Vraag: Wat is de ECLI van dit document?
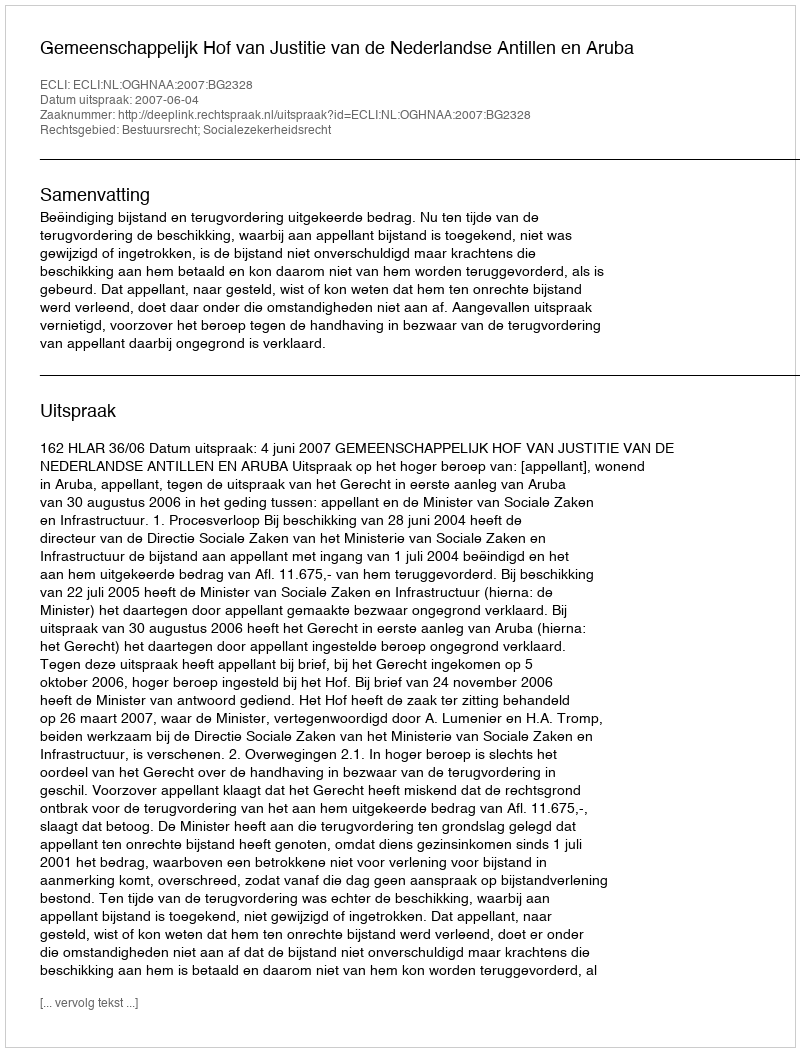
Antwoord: ECLI:NL:OGHNAA:2007:BG2328